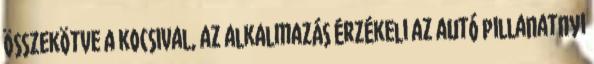
összekötve a kocsival, az alkalmazás érzékeli az autó pillanatnyi